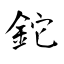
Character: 鉈